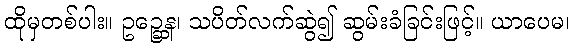
ထိုမှတစ်ပါး။ ဥဉ္ဆေန၊ သပိတ်လက်ဆွဲ၍ ဆွမ်းခံခြင်းဖြင့်။ ယာပေမ၊